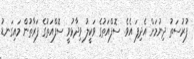
ފުރުސަތު ދިނުމަށް އެދިފަ އެވެ. ސޮފްއަތުގެ ވަކީލު ވިދާޅުވީ ސޮފްއަތުގެ ފަރާތުން މައިގަނޑު